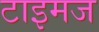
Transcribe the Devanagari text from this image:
टाइमज